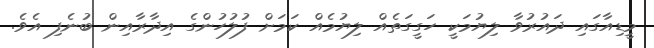
މީޑިއާގައި ދައުރުވާ ލިޔުމަކީ ހަގީގަތެއް ލިޔުމެއް ކަމަށް ފުލުހުންގެ އިދާރާއިން ބުނެފި އެވެ.